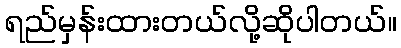
ရည်မှန်းထားတယ်လို့ဆိုပါတယ်။